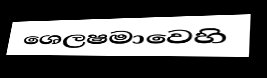
ශෙලෂමාවෙහි